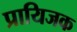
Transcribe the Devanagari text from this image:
प्रायिजक